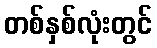
တစ်နှစ်လုံးတွင်